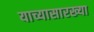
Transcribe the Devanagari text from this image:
याच्यासारख्या